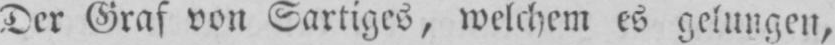
Der Graf von Sartiges, welchem es gelungen,